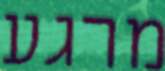
מרגע